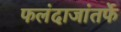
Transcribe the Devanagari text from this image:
फलंदाजांतर्फे